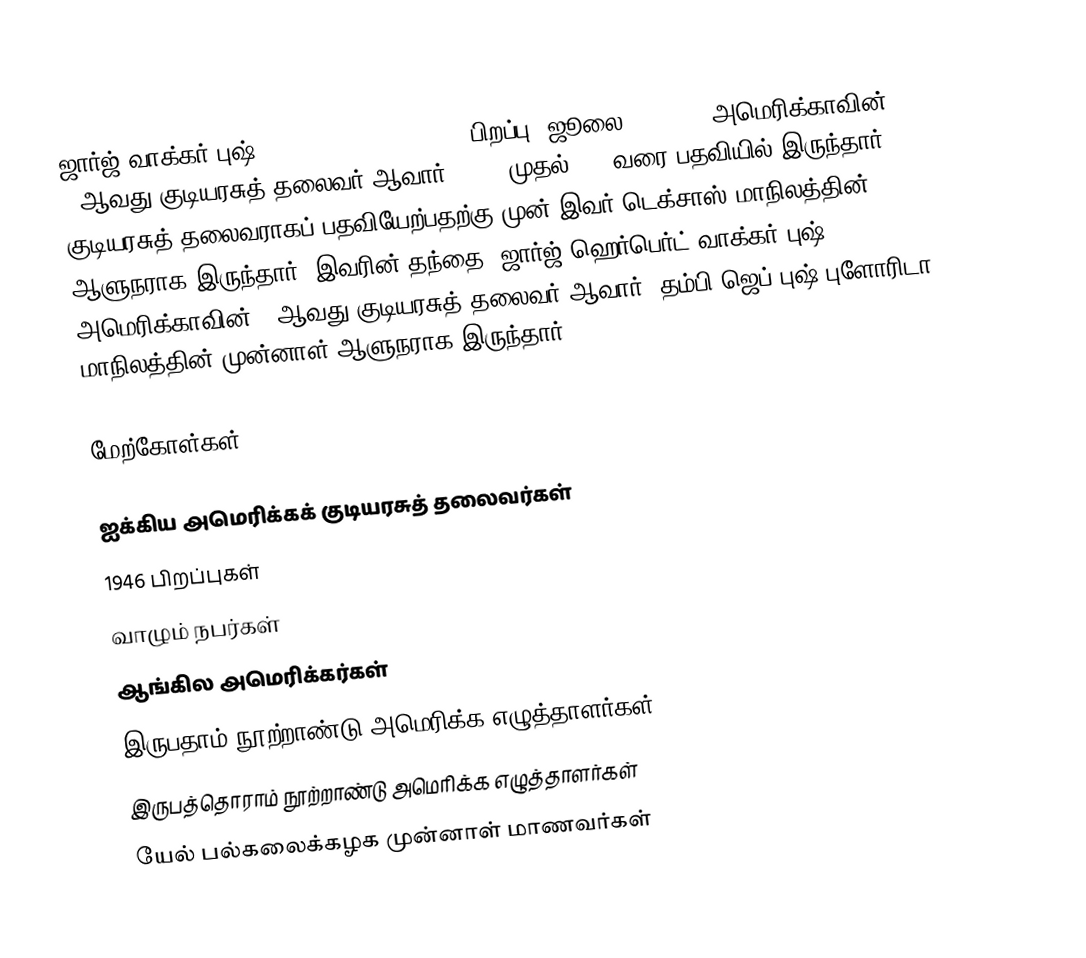
ஜார்ஜ் வாக்கர் புஷ் (George Walker Bush, ; பிறப்பு: ஜூலை 6, 1946) அமெரிக்காவின் 43ஆவது குடியரசுத் தலைவர் ஆவார். 2000 முதல்2009 வரை பதவியில் இருந்தார். குடியரசுத் தலைவராகப் பதவியேற்பதற்கு முன் இவர் டெக்சாஸ் மாநிலத்தின் ஆளுநராக இருந்தார். இவரின் தந்தை, ஜார்ஜ் ஹெர்பெர்ட் வாக்கர் புஷ், அமெரிக்காவின் 41ஆவது குடியரசுத் தலைவர் ஆவார்; தம்பி ஜெப் புஷ் புளோரிடா மாநிலத்தின் முன்னாள் ஆளுநராக இருந்தார்.

மேற்கோள்கள்

ஐக்கிய அமெரிக்கக் குடியரசுத் தலைவர்கள்
1946 பிறப்புகள்
வாழும் நபர்கள்
ஆங்கில அமெரிக்கர்கள்
இருபதாம் நூற்றாண்டு அமெரிக்க எழுத்தாளர்கள்
இருபத்தொராம் நூற்றாண்டு அமெரிக்க எழுத்தாளர்கள்
யேல் பல்கலைக்கழக முன்னாள் மாணவர்கள்